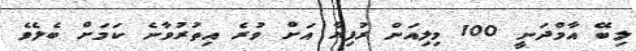
ލިބޭ އާމްދަނީ 100 މިލިއަން ރުފިޔާ އަށް ވުރެ އިތުރުވާނެ ކަމަށް ބެލެވެ